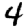
Digit: 4